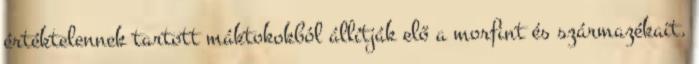
értéktelennek tartott máktokokból állítják elő a morfint és származékait.